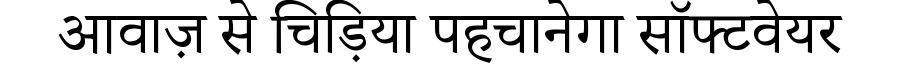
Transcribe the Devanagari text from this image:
आवाज़ से चिड़िया पहचानेगा सॉफ्टवेयर